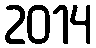
2014